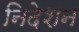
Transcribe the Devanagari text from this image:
निदेशन